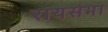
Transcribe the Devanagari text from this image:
रायसभा